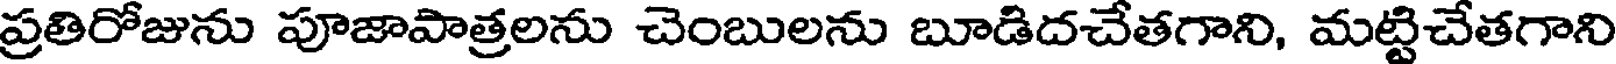
ప్రతిరోజును పూజాపాత్రలను చెంబులను బూడిదచేతగాని, మట్టిచేతగాని